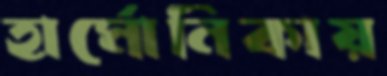
হার্মোনিকায়